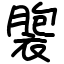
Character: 褜